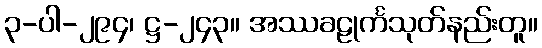
၃-ပါ-၂၉၄၊ ဋ္ဌ-၂၄၃။ အဿခဠုင်္ကသုတ်နည်းတူ။